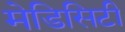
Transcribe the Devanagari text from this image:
मेडिसिटी